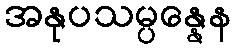
အနုပသမ္ပန္နေန